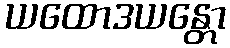
ယထောဒယန္တော